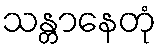
သန္တာနေတုံ